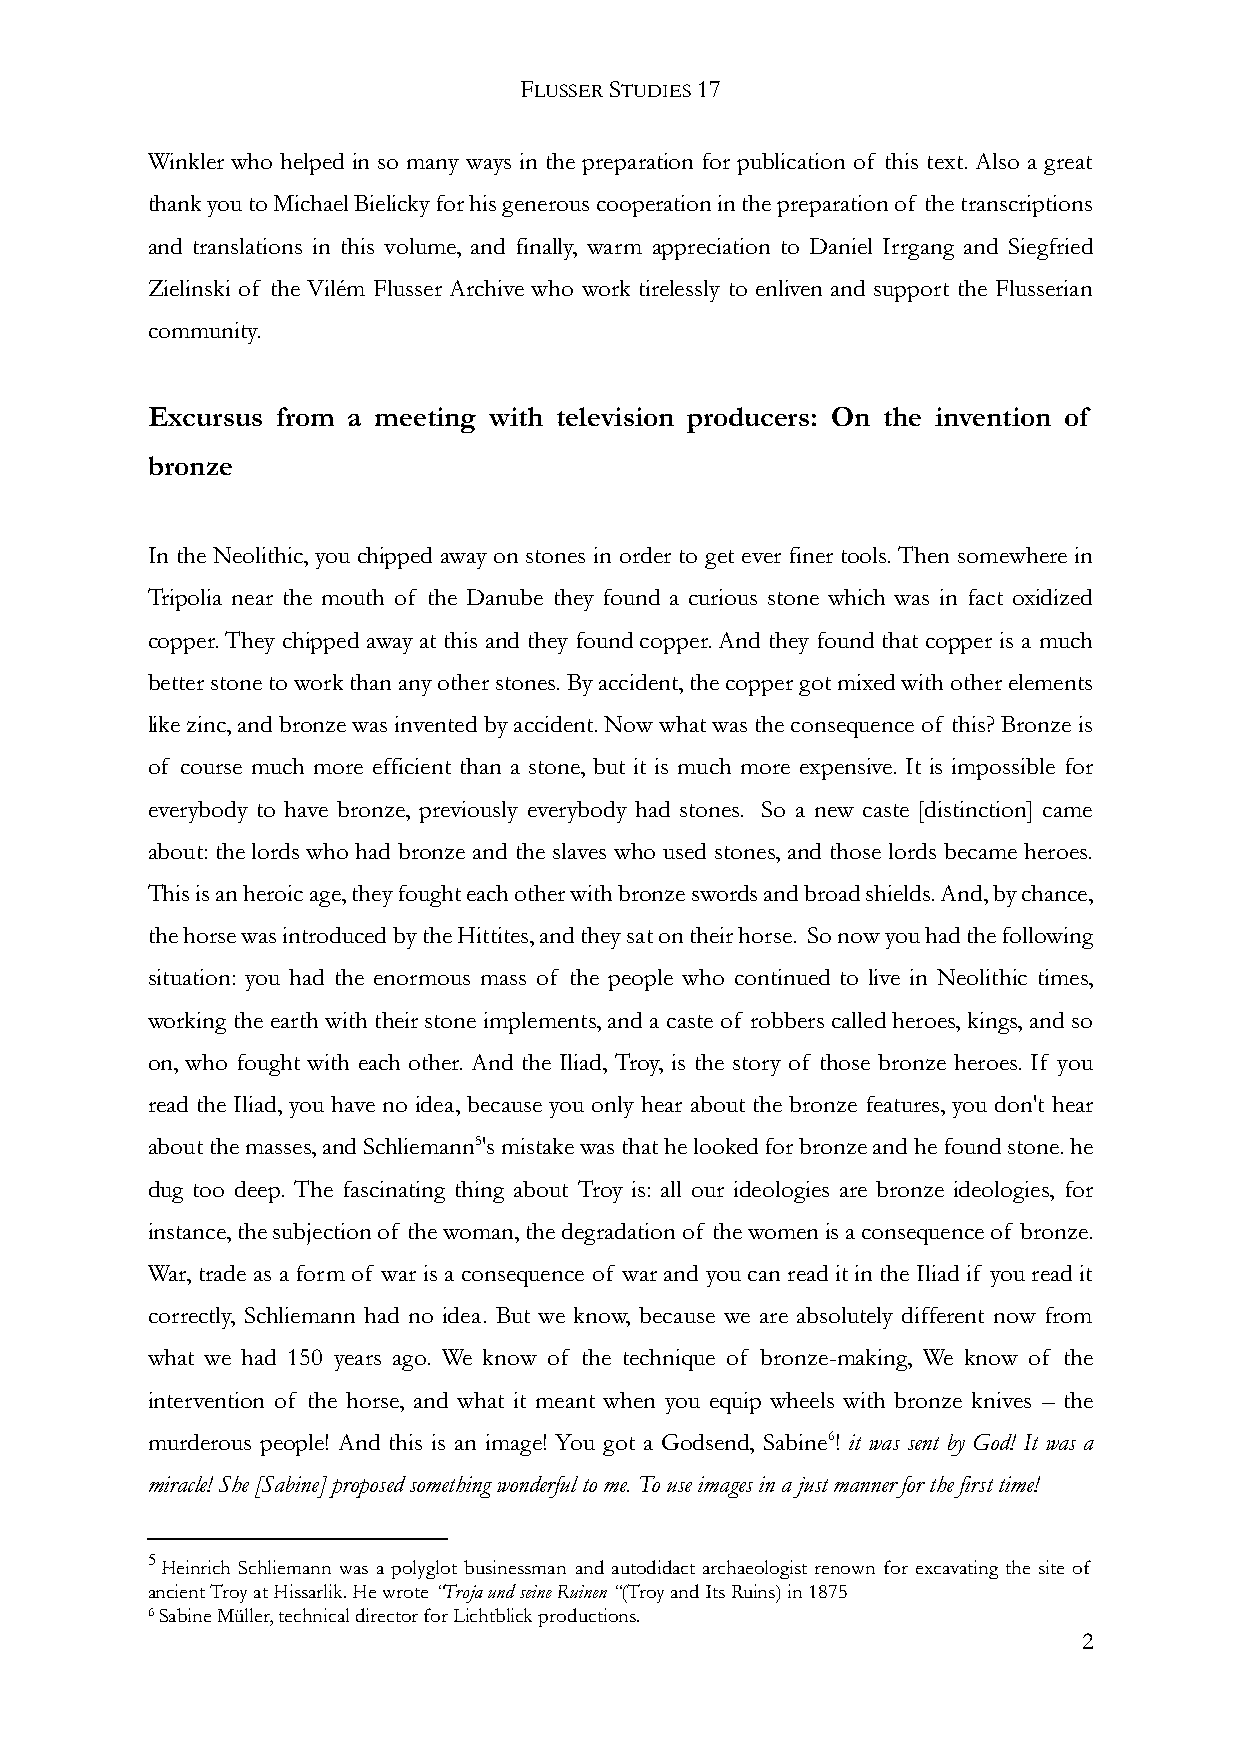
FLUSSER STUDIES 17
 Winkler who helped in so many ways in the preparation for publication of this text. Also a great
 thank you to Michael Bielicky for his generous cooperation in the preparation of the transcriptions
 and translations in this volume, and finally, warm appreciation to Daniel Irrgang and Siegfried
 Zielinski of the Vilém Flusser Archive who work tirelessly to enliven and support the Flusserian
 community.
 Excursus from a meeting with television producers: On the invention of
 bronze
 In the Neolithic, you chipped away on stones in order to get ever finer tools. Then somewhere in
 Tripolia near the mouth of the Danube they found a curious stone which was in fact oxidized
 copper. They chipped away at this and they found copper. And they found that copper is a much
 better stone to work than any other stones. By accident, the copper got mixed with other elements
 like zinc, and bronze was invented by accident. Now what was the consequence of this? Bronze is
 of course much more efficient than a stone, but it is much more expensive. It is impossible for
 everybody to have bronze, previously everybody had stones. So a new caste [distinction] came
 about: the lords who had bronze and the slaves who used stones, and those lords became heroes.
 This is an heroic age, they fought each other with bronze swords and broad shields. And, by chance,
 the horse was introduced by the Hittites, and they sat on their horse. So now you had the following
 situation: you had the enormous mass of the people who continued to live in Neolithic times,
 working the earth with their stone implements, and a caste of robbers called heroes, kings, and so
 on, who fought with each other. And the Iliad, Troy, is the story of those bronze heroes. If you
 read the Iliad, you have no idea, because you only hear about the bronze features, you don't hear
 about the masses, and Schliemann5's mistake was that he looked for bronze and he found stone. he
 dug too deep. The fascinating thing about Troy is: all our ideologies are bronze ideologies, for
 instance, the subjection of the woman, the degradation of the women is a consequence of bronze.
 War, trade as a form of war is a consequence of war and you can read it in the Iliad if you read it
 correctly, Schliemann had no idea. But we know, because we are absolutely different now from
 what we had 150 years ago. We know of the technique of bronze-making, We know of the
 intervention of the horse, and what it meant when you equip wheels with bronze knives – the
 murderous people! And this is an image! You got a Godsend, Sabine6! it was sent by God! It was a
 miracle! She [Sabine] proposed something wonderful to me. To use images in a just manner for the first time!
 5
 Heinrich Schliemann was a polyglot businessman and autodidact archaeologist renown for excavating the site of
 ancient Troy at Hissarlik. He wrote “Troja und seine Ruinen “(Troy and Its Ruins) in 1875
 6 Sabine Müller, technical director for Lichtblick productions.
 2